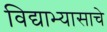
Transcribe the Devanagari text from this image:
विद्याभ्यासाचे